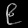
Digit: ၉